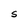
Character: S